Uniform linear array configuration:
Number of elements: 64
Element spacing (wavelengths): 0.25
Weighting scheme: kaiser
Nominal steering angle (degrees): -30
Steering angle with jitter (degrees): -29.55
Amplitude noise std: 0.05
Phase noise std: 0.05

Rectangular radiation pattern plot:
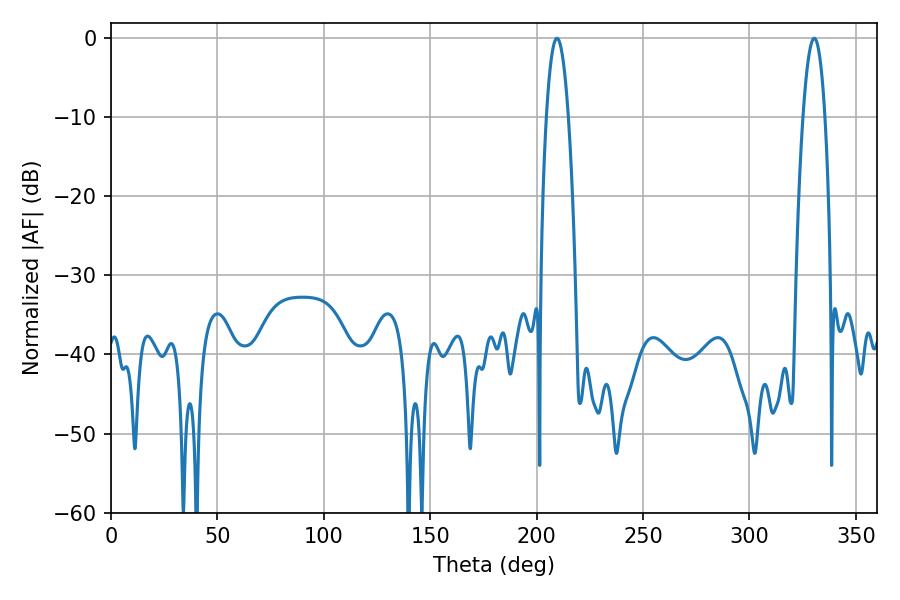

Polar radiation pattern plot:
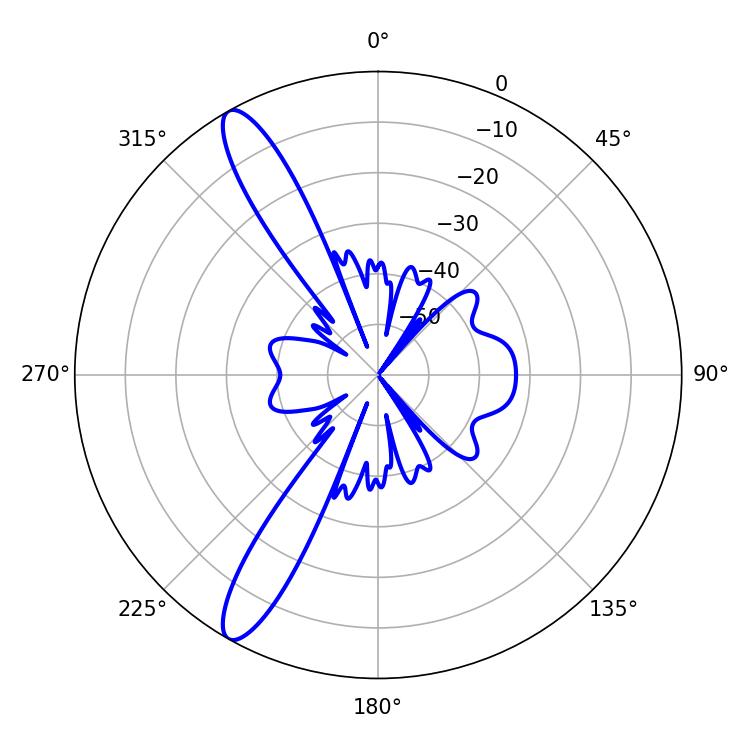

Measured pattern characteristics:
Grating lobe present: FALSE
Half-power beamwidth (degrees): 5.58
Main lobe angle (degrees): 209.52